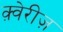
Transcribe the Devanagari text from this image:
क़्वेरीज़